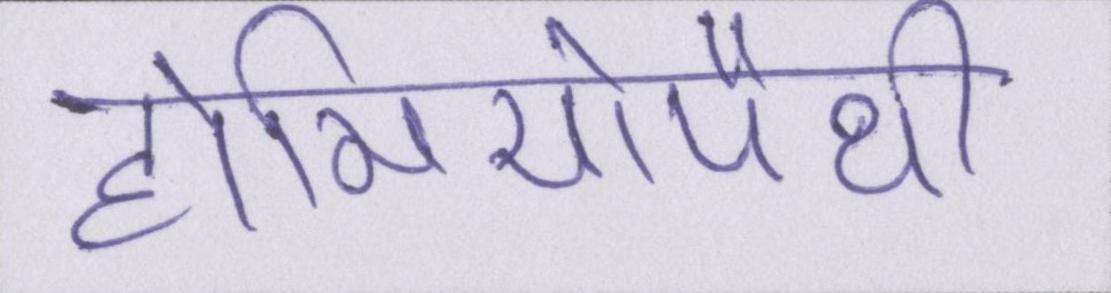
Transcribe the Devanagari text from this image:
होमियोपैथी